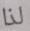
لذا